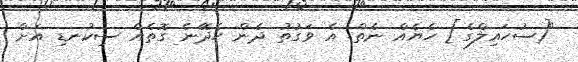
"[ސުހައިލްގެ] ހެޔެއް ނެތް. އެ ވަގުތު ދެން ހެދޭނެ ގޮތެއް ސިކުނޑި އަށް